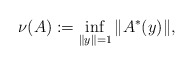
\begin{align*}\nu(A):=\inf_{\|y\|=1}\|A^*(y)\|,\end{align*}